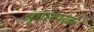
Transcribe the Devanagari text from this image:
श्रृंगारपरक